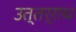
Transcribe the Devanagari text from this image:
उत्तर्राध